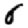
Digit: 6